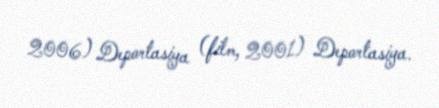
2006) Deportasiya (film, 2001) Deportasiya.